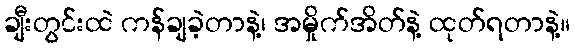
ချီးတွင်းထဲ ကန်ချခဲ့တာနဲ့၊ အမှိုက်အိတ်နဲ့ ထုတ်ရတာနဲ့။